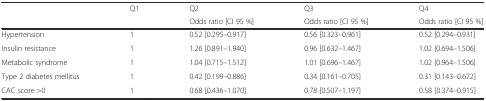
|  | Q1 | Q2 | Q3 | Q4 |
 |  |  | Odds ratio [CI 95 %] | Odds ratio [CI 95 %] | Odds ratio [CI 95 %] |
 | --- | --- | --- | --- | --- |
 | Hypertension | 1 | 0.52 [0.295–0.917] | 0.56 [0.323–0.961] | 0.52 [0.294–0.931] |
 | Insulin resistance | 1 | 1.26 [0.891–1.940] | 0.96 [0.632–1.467] | 1.02 [0.694–1.506] |
 | Metabolic syndrome | 1 | 1.04 [0.715–1.512] | 1.01 [0.696–1.467] | 1.02 [0.964–1.506] |
 | Type 2 diabetes mellitus | 1 | 0.42 [0.199–0.886] | 0.34 [0.161–0.705] | 0.31 [0.143–0.672] |
 | CAC score >0 | 1 | 0.68 [0.436–1.070] | 0.78 [0.507–1.197] | 0.58 [0.374–0.915] |